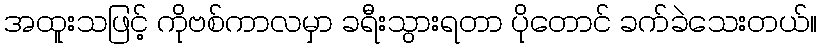
အထူးသဖြင့် ကိုဗစ်ကာလမှာ ခရီးသွားရတာ ပိုတောင် ခက်ခဲသေးတယ်။